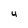
Character: U